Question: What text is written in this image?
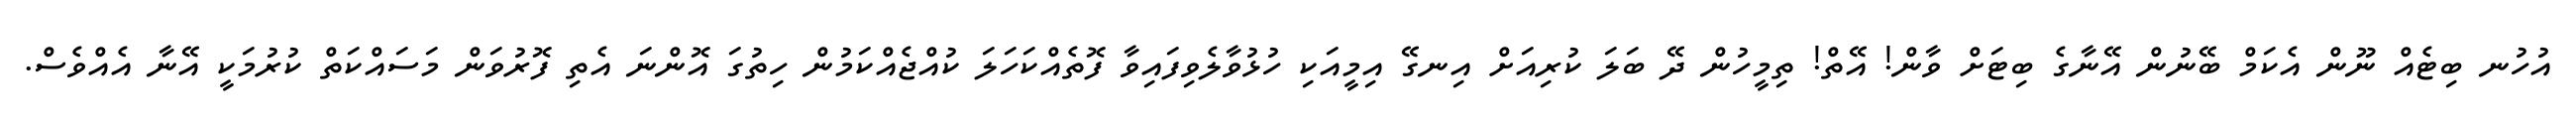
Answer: އުހުނ ބިޓެއް ނޫން އެކަމް ބޭނުން އޭނާގެ ބިޓަށް ވާން! އޭތް! ތިމީހުން ދޭ ބަލަ ކުރިއަށް އިނގޭ އިމީއަކި ހުޅުވާލެވިފައިވާ ފޮތެއްކަހަލަ ކުއްޖެއްކަމުން ހިތުގަ އޮންނަ އެތި ފޮރުވަން މަސައްކަތް ކުރުމަކީ އޭނާ އެއްވެސް.